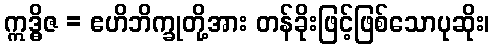
ဣဒ္ဓိဇ = ဧဟိဘိက္ခုတို့အား တန်ခိုးဖြင့်ဖြစ်သောပုဆိုး၊